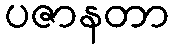
ပဇာနတာ